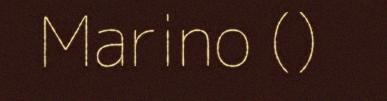
Marino ()